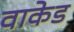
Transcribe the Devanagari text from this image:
वाकेड